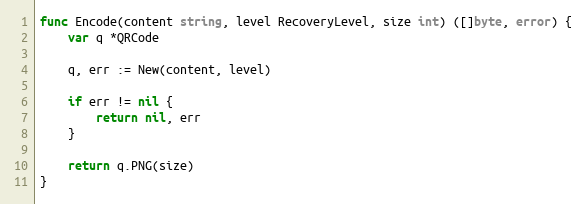
Language: Go
func Encode(content string, level RecoveryLevel, size int) ([]byte, error) {
	var q *QRCode

	q, err := New(content, level)

	if err != nil {
		return nil, err
	}

	return q.PNG(size)
}